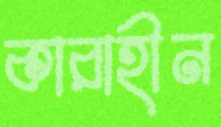
কারাহীন